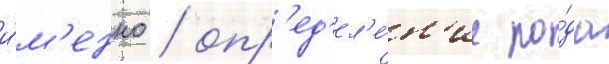
и́м'енно / опр'ед'ел'е́н'ие ро́да